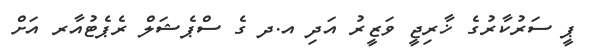
ޕީ ސަރުކާރުގެ ޚާރިޖީ ވަޒީރު އަދި އ.ދ ގެ ސްޕެޝަލް ރެޕެޓުއާރ އަށް